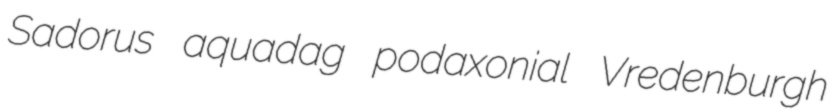
Sadorus aquadag podaxonial Vredenburgh